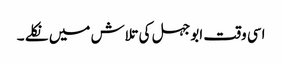
اسی وقت ابوجہل کی تلاش میں نکلے ۔